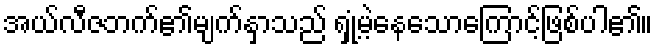
အယ်လီဇဘက်၏မျက်နှာသည် ရှုံ့မဲ့နေသောကြောင့်ဖြစ်ပါ၏။